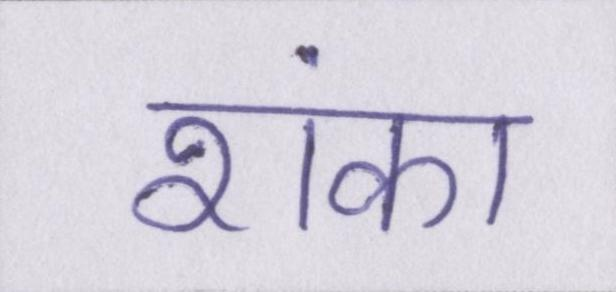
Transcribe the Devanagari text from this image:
शंका